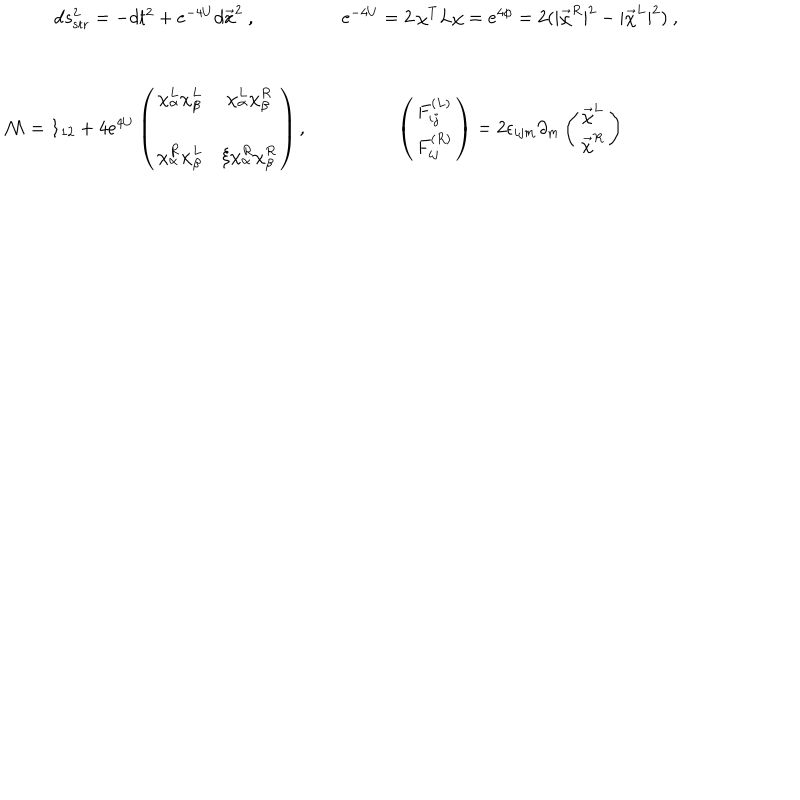
LaTeX: \begin{array} { c c c } { { d s _ { \mathrm { s t r } } ^ { 2 } = - d t ^ { 2 } + e ^ { - 4 U } d \vec { x } ^ { 2 } \ , } } & { { } } & { { e ^ { - 4 U } = 2 \, \chi ^ { T } L \chi = e ^ { 4 \phi } = 2 ( | \vec { \chi } ^ { R } | ^ { 2 } - | \vec { \chi } ^ { L } | ^ { 2 } ) \ , } } \\ { { \nonumber } } \\ { { \nonumber } } \\ { { { \cal M } = { \bf 1 } _ { 1 2 } + 4 e ^ { 4 U } \left( \begin{array} { c c } { { \chi _ { \alpha } ^ { L } \chi _ { \beta } ^ { L } } } & { { \chi _ { \alpha } ^ { L } \chi _ { \beta } ^ { R } } } \\ { { \nonumber } } \\ { { \chi _ { \alpha } ^ { R } \chi _ { \beta } ^ { L } } } & { { \xi \chi _ { \alpha } ^ { R } \chi _ { \beta } ^ { R } } } \\ \end{array} \right) , } } & { { } } & { { \left( \begin{array} { c } { { F _ { i j } ^ { ( L ) } } } \\ { { F _ { i j } ^ { ( R ) } } } \\ \end{array} \right) = 2 \epsilon _ { i j m } \partial _ { m } \left( \begin{array} { c } { { \vec { \chi } ^ { L } } } \\ { { \vec { \chi } ^ { R } } } \\ \end{array} \right) } } \\ \end{array}